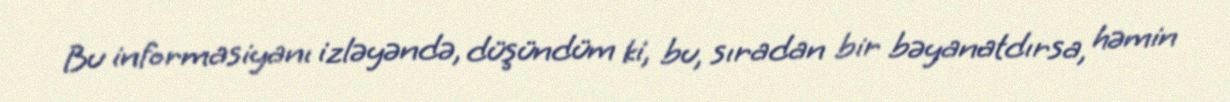
Bu informasiyanı izləyəndə, düşündüm ki, bu, sıradan bir bəyanatdırsa, həmin